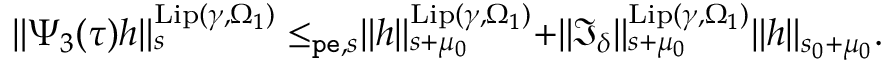
\begin{array} { r } { \rVert \Psi _ { 3 } ( \tau ) h \rVert _ { s } ^ { \mathrm { L i p } ( \gamma , \Omega _ { 1 } ) } \le _ { \mathtt { p e } , s } \rVert h \rVert _ { s + \mu _ { 0 } } ^ { \mathrm { L i p } ( \gamma , \Omega _ { 1 } ) } + \rVert \mathfrak { I } _ { \delta } \rVert _ { s + \mu _ { 0 } } ^ { \mathrm { L i p } ( \gamma , \Omega _ { 1 } ) } \rVert h \rVert _ { s _ { 0 } + \mu _ { 0 } } . } \end{array}